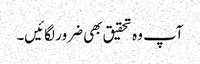
آپ وہ تحقیق بھی ضرور لگائیں۔